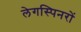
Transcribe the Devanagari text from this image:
लेगस्पिनरों